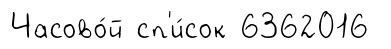
Часово́й сп'и́сок 6362016